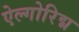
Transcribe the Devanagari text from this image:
ऐल्गोरिद्म